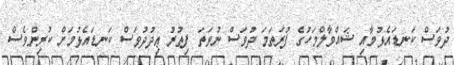
ދުވަސް ކަނޑައެޅުމާއި ޝައްވާލްމަހުގެ ފުރަތަމަ ދުވަސް ނުވަތަ ފިޠުރު ޢިދުދުވަސް ކަނޑައެޅުމަށް ކުރިންވެސް